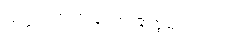
သဗ္ဗဉ် ဉာဏ်တော် အစွမ်းတည်း။